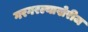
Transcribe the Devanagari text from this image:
गरगरल्याखेरीज